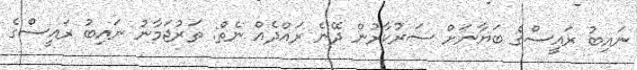
ނައިބު ރައީސްގެ ބަޔާނަށް ސަރުކާރުން ދޭނެ ރައްދެއް ނެތް: ތަރުޖަމާނު ނައިބު ރައީސްގެ